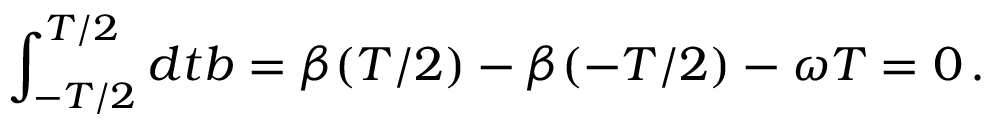
\int _ { - T / 2 } ^ { T / 2 } d t b = \beta ( T / 2 ) - \beta ( - T / 2 ) - \omega T = 0 \, .